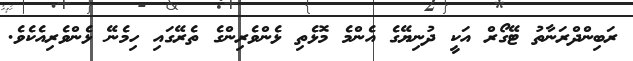
ރަބިންދްރަނާތު ޓޭގޯރް އަކީ ދުނިޔޭގެ އެންމެ މޮޅެތި ޅެންވެރިންގެ ތެރޭގައި ހިމެނޭ ޅެންވެރިއެކެވެ.